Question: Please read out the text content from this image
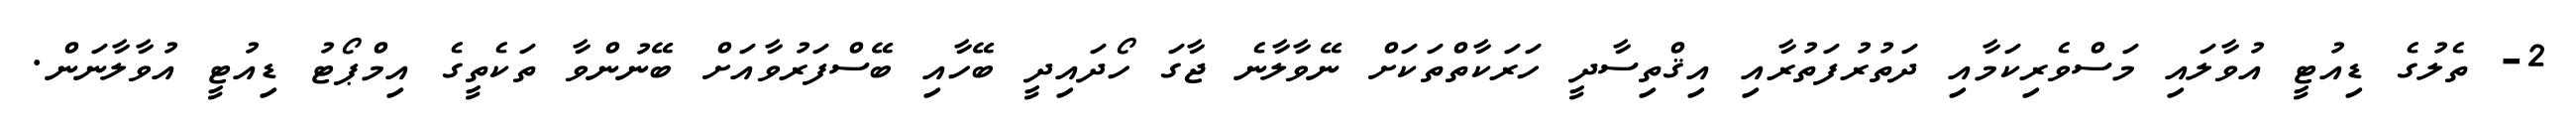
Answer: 2- ތެލުގެ ޑިއުޓީ އުވާލައި މަސްވެރިކަމާއި ދަތުރުފަތުރާއި އިޤްތިސާދީ ހަރަކާތްތަކަށް ނޭވާލާނެ ޖާގަ ހޯދައިދީ ބޭހާއި ބޭސްފަރުވާއަށް ބޭނުންވާ ތަކެތީގެ އިމްޕޯޓު ޑިއުޓީ އުވާލާނަން.